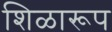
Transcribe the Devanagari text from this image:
शिळारूप